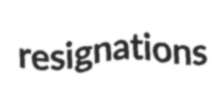
resignations